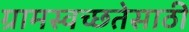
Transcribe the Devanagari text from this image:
ग्रामस्वच्छतेसाठी